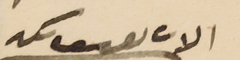
الاب يوسف ىكد